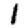
Digit: 1